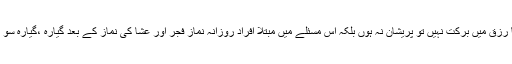
ایسے لوگ جن کےپیسوں میں یا رزق میں برکت نہیں تو پریشان نہ ہوں بلکہ اس مسئلے میں مبتلا افراد روزانہ نماز فجر اور عشا کی نماز کے بعد گیارہ ،گیارہ سو مرتبہ ’’یا غنی ‘‘ کا ورد کریں ۔